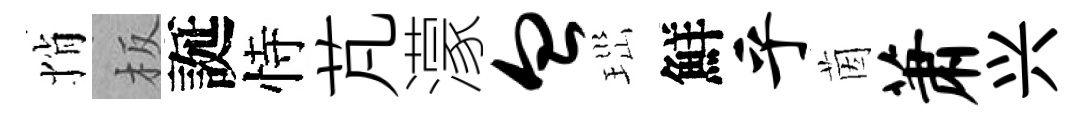
悄板誕恃芃濛血𤤼鮮乎茵萧兴